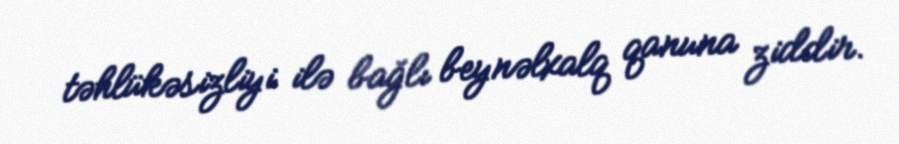
təhlükəsizliyi ilə bağlı beynəlxalq qanuna ziddir.